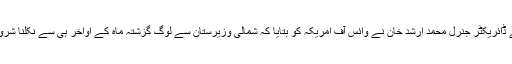
قبائلی علاقوں میں قدرتی آفات سے نمٹنے کے ادارے "فاٹا ڈیزاسٹر مینیجمنٹ اتھارٹی" کے ڈائریکٹر جنرل محمد ارشد خان نے وائس آف امریکہ کو بتایا کہ شمالی وزیرستان سے لوگ گزشتہ ماہ کے اواخر ہی سے نکلنا شروع ہو گئے تھے جن کے اندراج اور انھیں سہولتیں فراہم کرنے کا کام شروع کر دیا گیا تھا۔